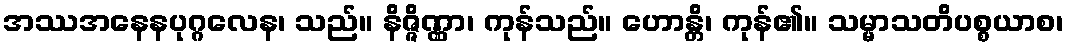
အဿအနေနပုဂ္ဂလေန၊ သည်။ နိဇ္ဇိဏ္ဏာ၊ ကုန်သည်။ ဟောန္တိ၊ ကုန်၏။ သမ္မာသတိပစ္စယာစ၊